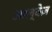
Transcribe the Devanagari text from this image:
आल्वेज़